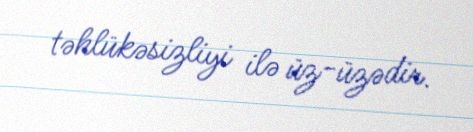
təhlükəsizliyi ilə üz-üzədir.